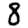
Digit: 8